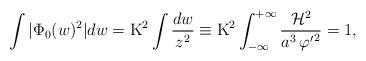
LaTeX: \begin{align*}\int |\Phi_0(w)^2| dw = {\rm K}^2 \int \frac{d w}{z^2} \equiv {\rm K}^2\int_{-\infty}^{+\infty} \frac{{\cal H}^2}{a^3\,{\varphi'}^2} =1,\end{align*}